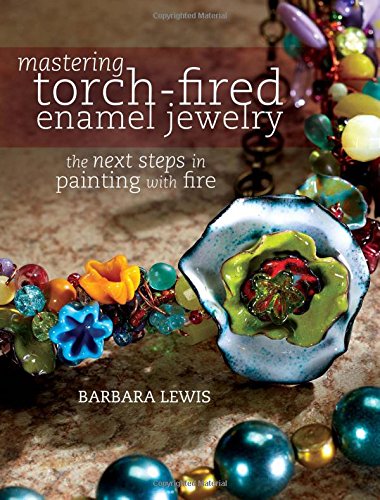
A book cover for Mastering Torch-Fired Enamel Jewelry: The Next Steps in Painting with Fire; Barbara Lewis; Crafts, Hobbies & Home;